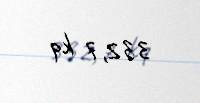
332,7 kq